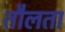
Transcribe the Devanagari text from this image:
तौलता